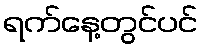
ရက်နေ့တွင်ပင်